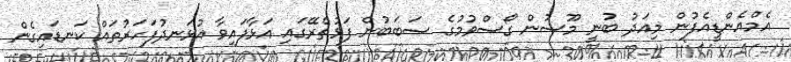
އެމްއެންޑީއެފުން މިއަދު ބުނީ މޫސުން ގޯސްވުމުގެ ސަބަބުން ފަޅުތެރޭގައި އަޅާފައިވާ އުޅަނދުފަހަރުތައް ކަނޑައިގެން